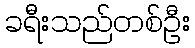
ခရီးသည်တစ်ဦး